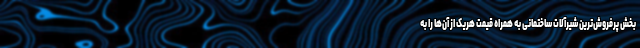
بخش پرفروش‌ترین شیرآلات ساختمانی به همراه قیمت هریک از آن‌ها را به